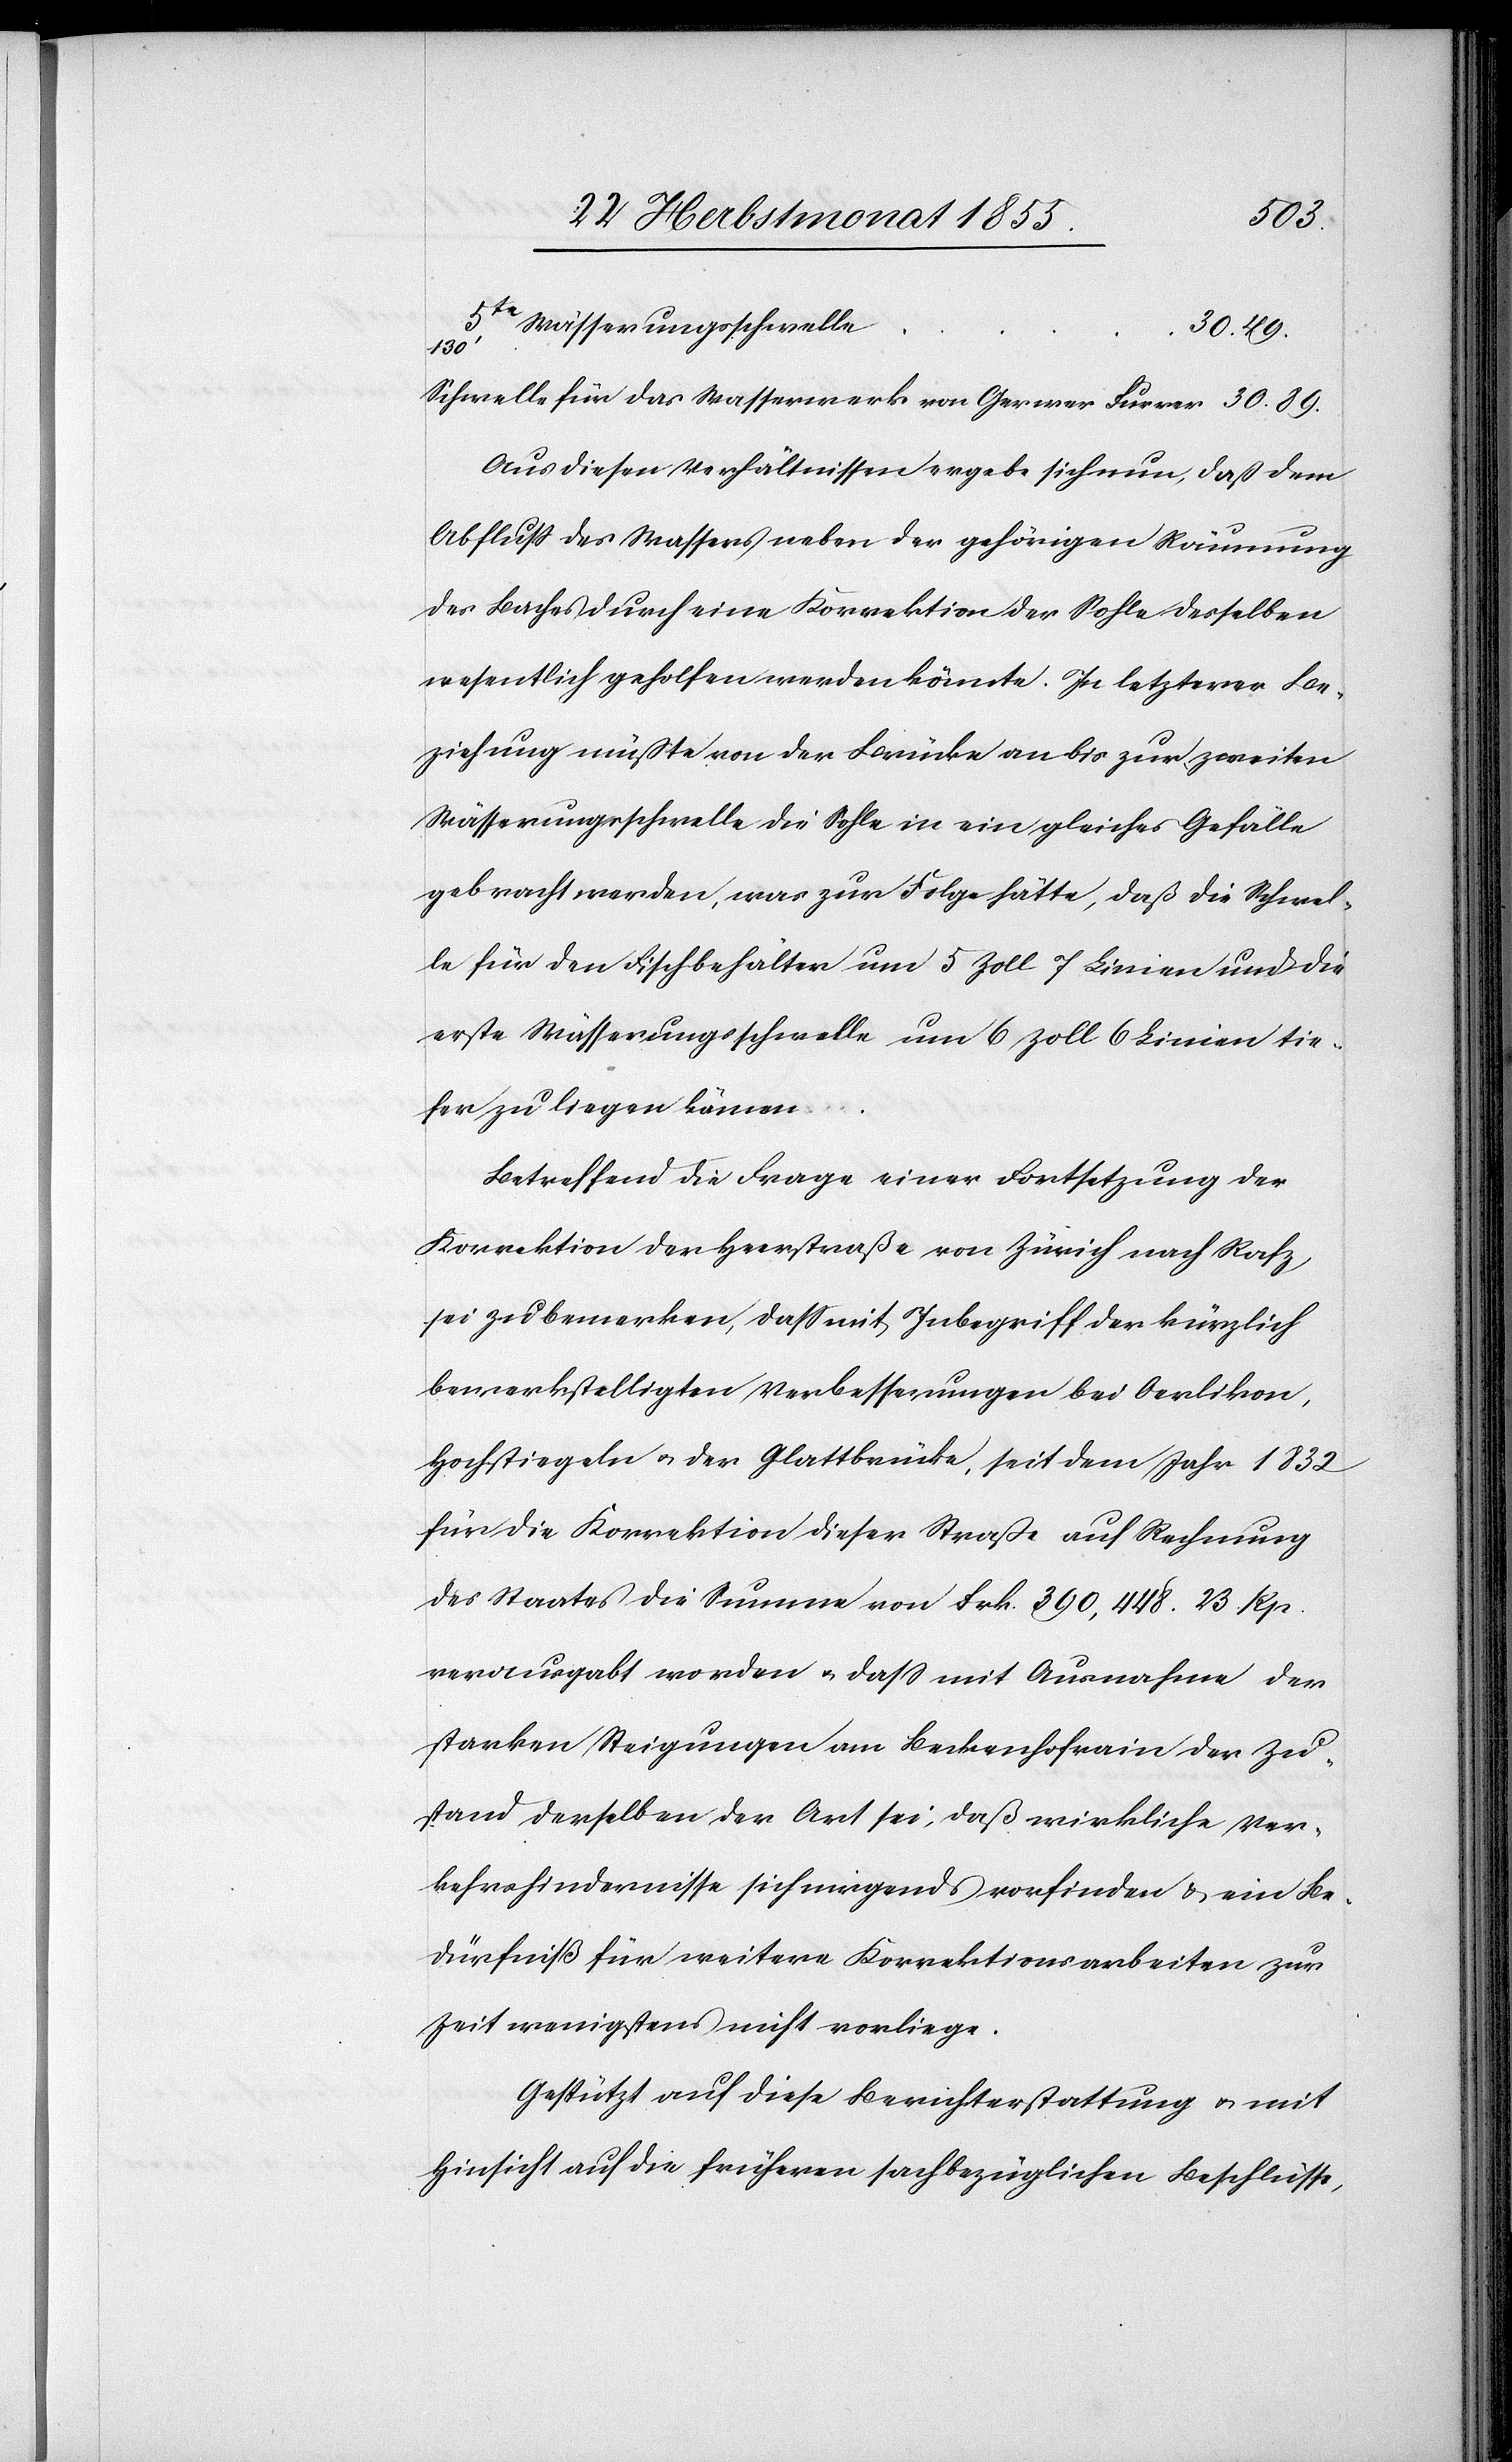
5te Wässerungsschwelle
30.89.
130‘
Schwelle für das Wasserwerk von Gerwer Furrer
Aus diesen Verhältnissen ergebe sich nun, daß dem
Abfluß des Wassers neben der gehörigen Räumung
des Baches durch eine Korrektion der Sohle desselben
wesentlich geholfen werden könnte. In letzterer Be¬
ziehung müßte von der Brücke an bis zur zweiten
Wässerungsschwelle die Sohle in ein gleiches Gefälle
gebracht werden, was zur Folge hätte, daß die Schwel¬
le für den Fischbehälter um 5 Zoll 7 Linien und die
erste Wässerungsschwelle um 6 Zoll 6 Linien tie¬
fer zu liegen kämen.
Betreffend die Frage einer Fortsetzung der
Korrektion der Heerstraße von Zürich nach Rafz,
sei zu bemerken, dass mit Inbegriff der kürzlich
bewerkstelligten Verbesserungen bei Oerlikon,
Hochstiegeln & der Glattbrücke, seit dem Jahr 1832
für die Korrektion dieser Straße auf Rechnung
des Staates die Summe von Frk. 390,448. 23 Rp.
verausgabt worden & dass mit Ausnahme der
starken Steigungen am Beckenhofrain der Zu¬
stand derselben der Art sei, daß wirkliche Ver¬
kehrshindernisse sich nirgends vorfinden & ein Be¬
dürfniß für weitere Korrektionsarbeiten zur
Zeit wenigstens nicht vorliege.
Gestützt auf diese Berichterstattung & mit
Hinsicht auf die früheren sachbezüglichen Beschlüsse,